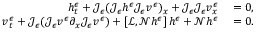
\begin{array} { r l } { h _ { t } ^ { \epsilon } + \mathcal { J } _ { \epsilon } ( \mathcal { J } _ { \epsilon } h ^ { \epsilon } \mathcal { J } _ { \epsilon } v ^ { \epsilon } ) _ { x } + \mathcal { J } _ { \epsilon } \mathcal { J } _ { \epsilon } v _ { x } ^ { \epsilon } } & { { } = 0 , } \\ { v _ { t } ^ { \epsilon } + \mathcal { J } _ { \epsilon } ( \mathcal { J } _ { \epsilon } v ^ { \epsilon } \partial _ { x } \mathcal { J } _ { \epsilon } v ^ { \epsilon } ) + \left[ \mathscr { L } , \mathscr { N } h ^ { \epsilon } \right] h ^ { \epsilon } + \mathscr { N } h ^ { \epsilon } } & { { } = 0 . } \end{array}